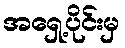
အရှေ့ပိုင်းမှ